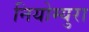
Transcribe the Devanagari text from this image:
नियोम्युरा